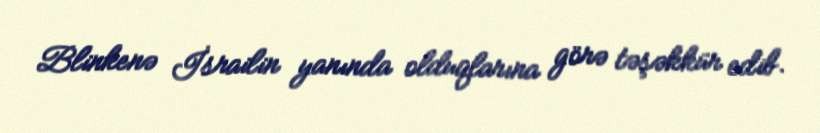
Blinkenə İsrailin yanında olduqlarına görə təşəkkür edib.